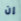
إن